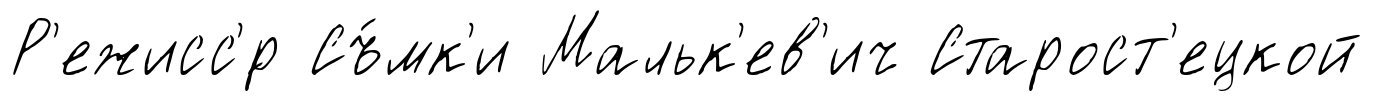
Р'ежисс'́р Съ́мк'и Мальк'ев'ич Старост'ецкой